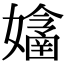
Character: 𡣔